Annual report of the Punjab Veterinary College and of the Civil Veterinary Department, Punjab - 1926-1932
Year: 1926
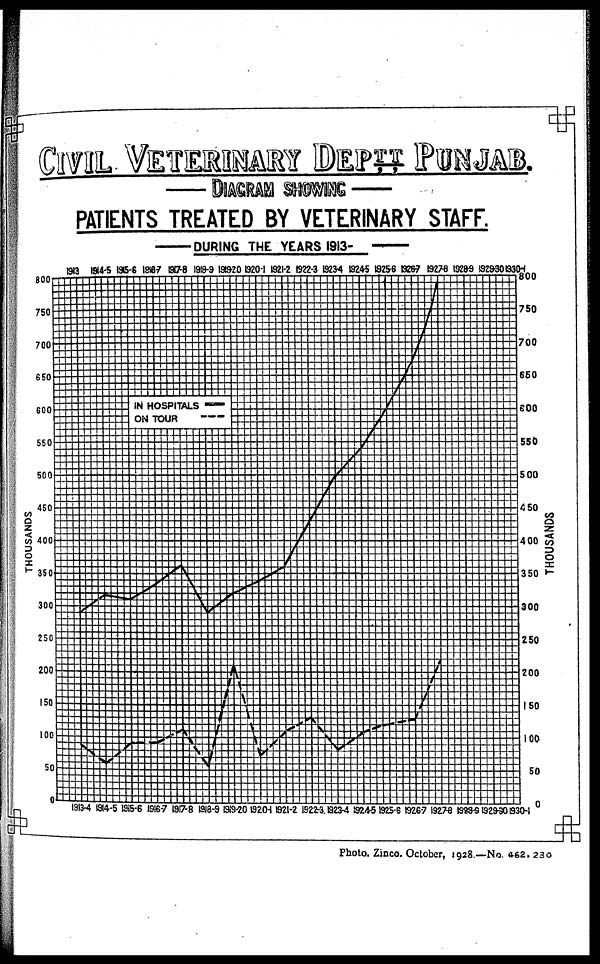
CIVIL VETERINARY DEPTT PUNJAB.
—DIAGRAM SHOWING —
PATIENTS TREATED BY VETERINARY STAFF.
—— DURING THE YEARS 1913-
—
Photo. Zinco. October, 1928—No. 462-230